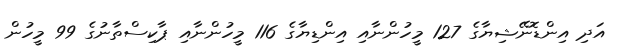
އަދި އިންޑޮނޭޝިޔާގެ 127 މީހުންނާއި އިންޑިޔާގެ 116 މީހުންނާއި ޕާކިސްތާނުގެ 99 މީހުން